Medical and sanitary report of the native army of Bengal for the year
Year: 1876
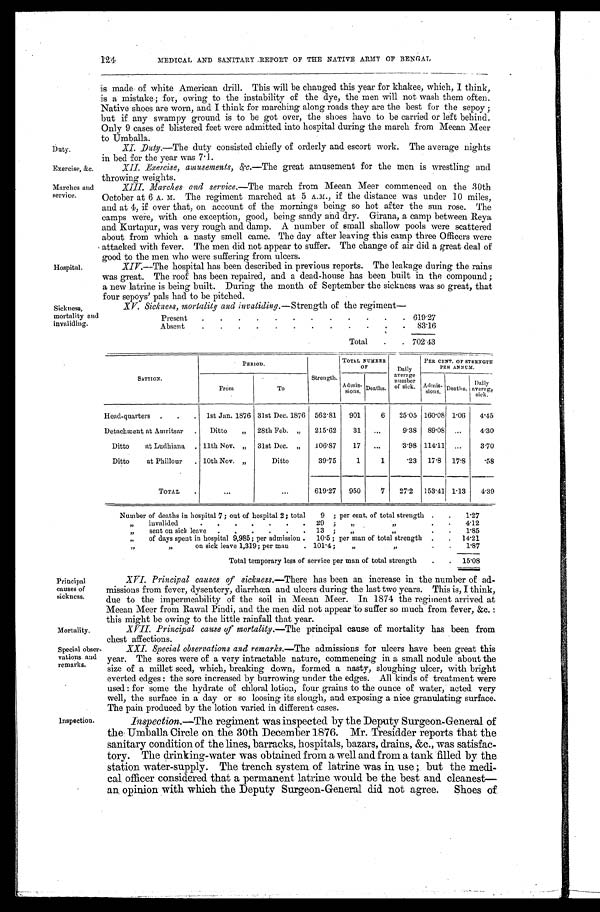
Duty.
Exercise, &c.
Marches and
service.
Hospital.
Sickness,
mortality and
invaliding.
124
MEDICAL AND SANITARY REPORT OF THE NATIVE ARMY OF BENGAL
is made of white American drill. This will be changed this year for khakee, which, I think,
is a mistake; for, owing to the instability of the dye, the men will not wash them often.
Native shoes are worn, and I think for marching along roads they are the best for the sepoy;
but if any swampy ground is to be got over, the shoes have to be carried or left behind.
Only 9 cases of blistered feet were admitted into hospital during the march from Meean Meer
to Umballa.
X I . D u t y . —
T h e d u t y c o n s i s t e d c h i e f l y o f o r d e r l y a n d e s c o r t w o r k . T h e a v e r a g e n i g h t s
in bed for the year was 7.1
.
X I I . E x e r c i s e , a m u s e m e n t s , & c .
— T h e g r e a t a m u s e m e n t f o r t h e m e n i s w r e s t l i n g a n d
throwing weights.
X I I I . M a r c h e s a n d s e r v i c e .
— T h e m a r c h f r o m M e e a n M e e r c o m m e n c e d o n t h e 3 0 t h
October at 6 A. M. The regiment marched at 5 A.M., if the distance was under 10 miles,
and at 4, if over that, on account of the mornings being so hot after the sun rose. The
camps were, with one exception, good, being sandy and dry. Girana, a camp between Reya
and Kurtapur, was very rough and damp. A number of small shallow pools were scattered
about from which a nasty smell came. The day after leaving this camp three Officers were
attacked with fever. The men did not appear to suffer. The change of air did a great deal of
good to the men who were suffering from ulcers.
XIV. —The hospital has been described in previous reports. The leakage during the rains
was great. The roof has been repaired, and a dead-house has been built in the compound;
a new latrine is being built. During the month of September the sickness was so great, that
four sepoys' pals had to be pitched.
XV. Sickness, mortality and invaliding. —Strength of the regiment—
Present
6 1 9 . 2 7
Absent
83.16
Total
702.43
Principal
causes of
sickness.
Mortality.
Special obser
- vations and
remarks.
Inspection.
SATTION.
PERIOD.
Strength.
TOTAL NUMBER
O F
Daily
average
number of sick.
PER CENT. OF STRENGTH
PER ANNUM.
From
To
Admis-
sions. Deaths.
Admis- sions. Deaths D a i l y
average sick.
Head-quarters
1st Jan. 1876 31st Dec. 1876 562.81 901
6 25.05 160.08 1.06 4.45
Detachment at Amritsar
Ditto „ 28th Feb. „ 215.62 31
9.38 89.08
4.30
Ditto at Ludhiana 11th Nov. „ 31st Dec. „ 106.87 17
3.98 114.11
3.70
Ditto at Phillour
10th Nov. „
Ditto
39.75
1
1 .23 17.8 17.8 .58
TOTAL
619.27 950
7 27. 2 153.41 1.13 4.39
Number of deaths in hospital 7; out of hospital 2; total 9 ; per cent. of total strength
1.27
„ invalided 29 ; „ „
4.12
„ sent on sick leave 13 ; „ „
1 . 8 5
„ of days spent in hospital 9,985; per admission 10.5; per man of total strength
14.21
„ „ on sick leave 1,319; per man 101.4; „ „
1.87
Total temporary loss of service per man of total strength
15.08
XVI.Principal causes of sickness.—There has been an increase in the number of ad
- m i s s i o n s f r o m f e v e r , d y s e n t e r y , d i a r r h œ a a n d u l c e r s d u r i n g t h e l a s t t w o y e a r s . T h i s i s , I t h i n k ,
due to the impermeability of the soil in Meean Meer. In 1874 the regiment arrived at
Meean Meer from Rawal Pindi, and the men did not appear to suffer so much from fever, &c.:
this might be owing to the little rainfall that year.
XVII.
Principal cause of mortality.—The principal cause of mortality has been from
chest affections.
XXI. Special observations and remarks. —The admissions for ulcers have been great this
year. The sores were of a very intractable nature, commencing in a small nodule about the
size of a millet seed, which, breaking down, formed a nasty, sloughing ulcer, with bright
everted edges: the sore increased by burrowing under the edges. All kinds of treatment were
used: for some the hydrate of chloral lotion, four grains to the ounce of water, acted very
well, the surface in a day or so loosing its slough, and exposing a nice granulating surface.
The pain produced by the lotion varied in different cases.
Inspection.—The regiment was inspected by the Deputy Surgeon-General of
the Umballa Circle on the 30th December 1876. Mr. Tresidder reports that the
sanitary condition of the lines, barracks, hospitals, bazars, drains, &c., was satisfac
- t o r y . T h e d r i n k i n g - w a t e r w a s o b t a i n e d f r o m a w e l l a n d f r o m a . t a n k f i l l e d b y t h e
station water-supply. The trench system of latrine was in use; but the medi-
cal officer considered that a permanent latrine would be the best and cleanest—
an opinion with which the Deputy Surgeon-General did not agree. Shoes of